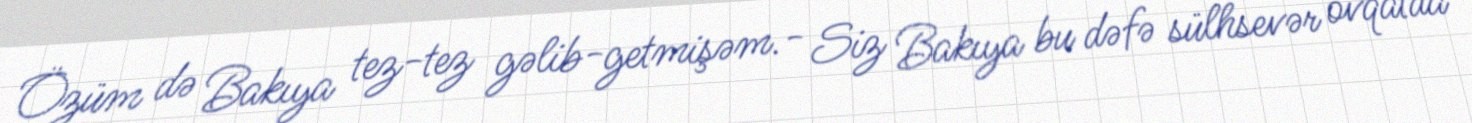
Özüm də Bakıya tez-tez gəlib-getmişəm.- Siz Bakıya bu dəfə sülhsevər ovqatda